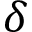
\delta